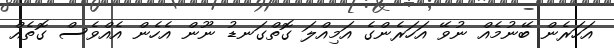
އަހަރެން ބޭނުމެއް ނުވޭ އަހަރެންގެ އަމިއްލަ ގޮތްގަނޑު ނޫން އެހެން އެއްވެސް ގޮތެއް